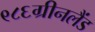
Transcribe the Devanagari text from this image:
९८६ग्रीनलैंड